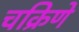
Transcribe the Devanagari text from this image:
चक्रिणे